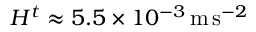
H ^ { t } \approx 5 . 5 \times 1 0 ^ { - 3 } \, \mathrm { m } \, \mathrm { s } ^ { - 2 }